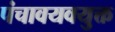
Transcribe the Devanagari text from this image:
पंचावयवयुक्त